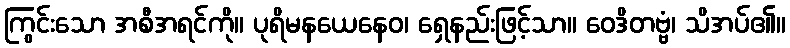
ကြွင်းသော အစီအရင်ကို။ ပုရိမနယေနေဝ၊ ရှေနည်းဖြင့်သာ။ ဝေဒိတဗ္ဗံ၊ သိအပ်၏။